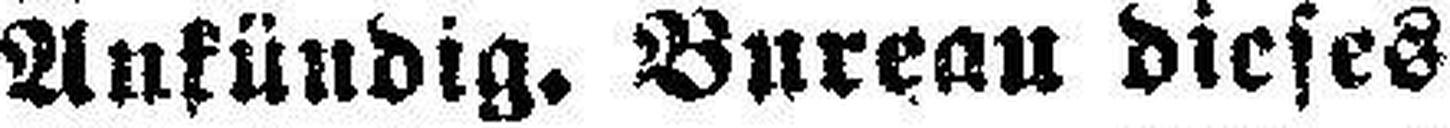
Ankündig. Bureau dieses